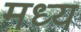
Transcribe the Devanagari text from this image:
मध्य